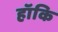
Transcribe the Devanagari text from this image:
हॉकि